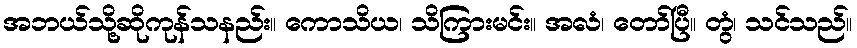
အဘယ်သို့ဆိုကုန်သနည်း။ ကောသိယ၊ သိကြားမင်း။ အလံ၊ တော်ပြီ။ တွံ၊ သင်သည်။